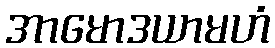
အာမောဒယာမဟံ